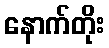
နောက်တိုး